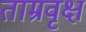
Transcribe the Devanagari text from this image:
ताम्रवृक्ष